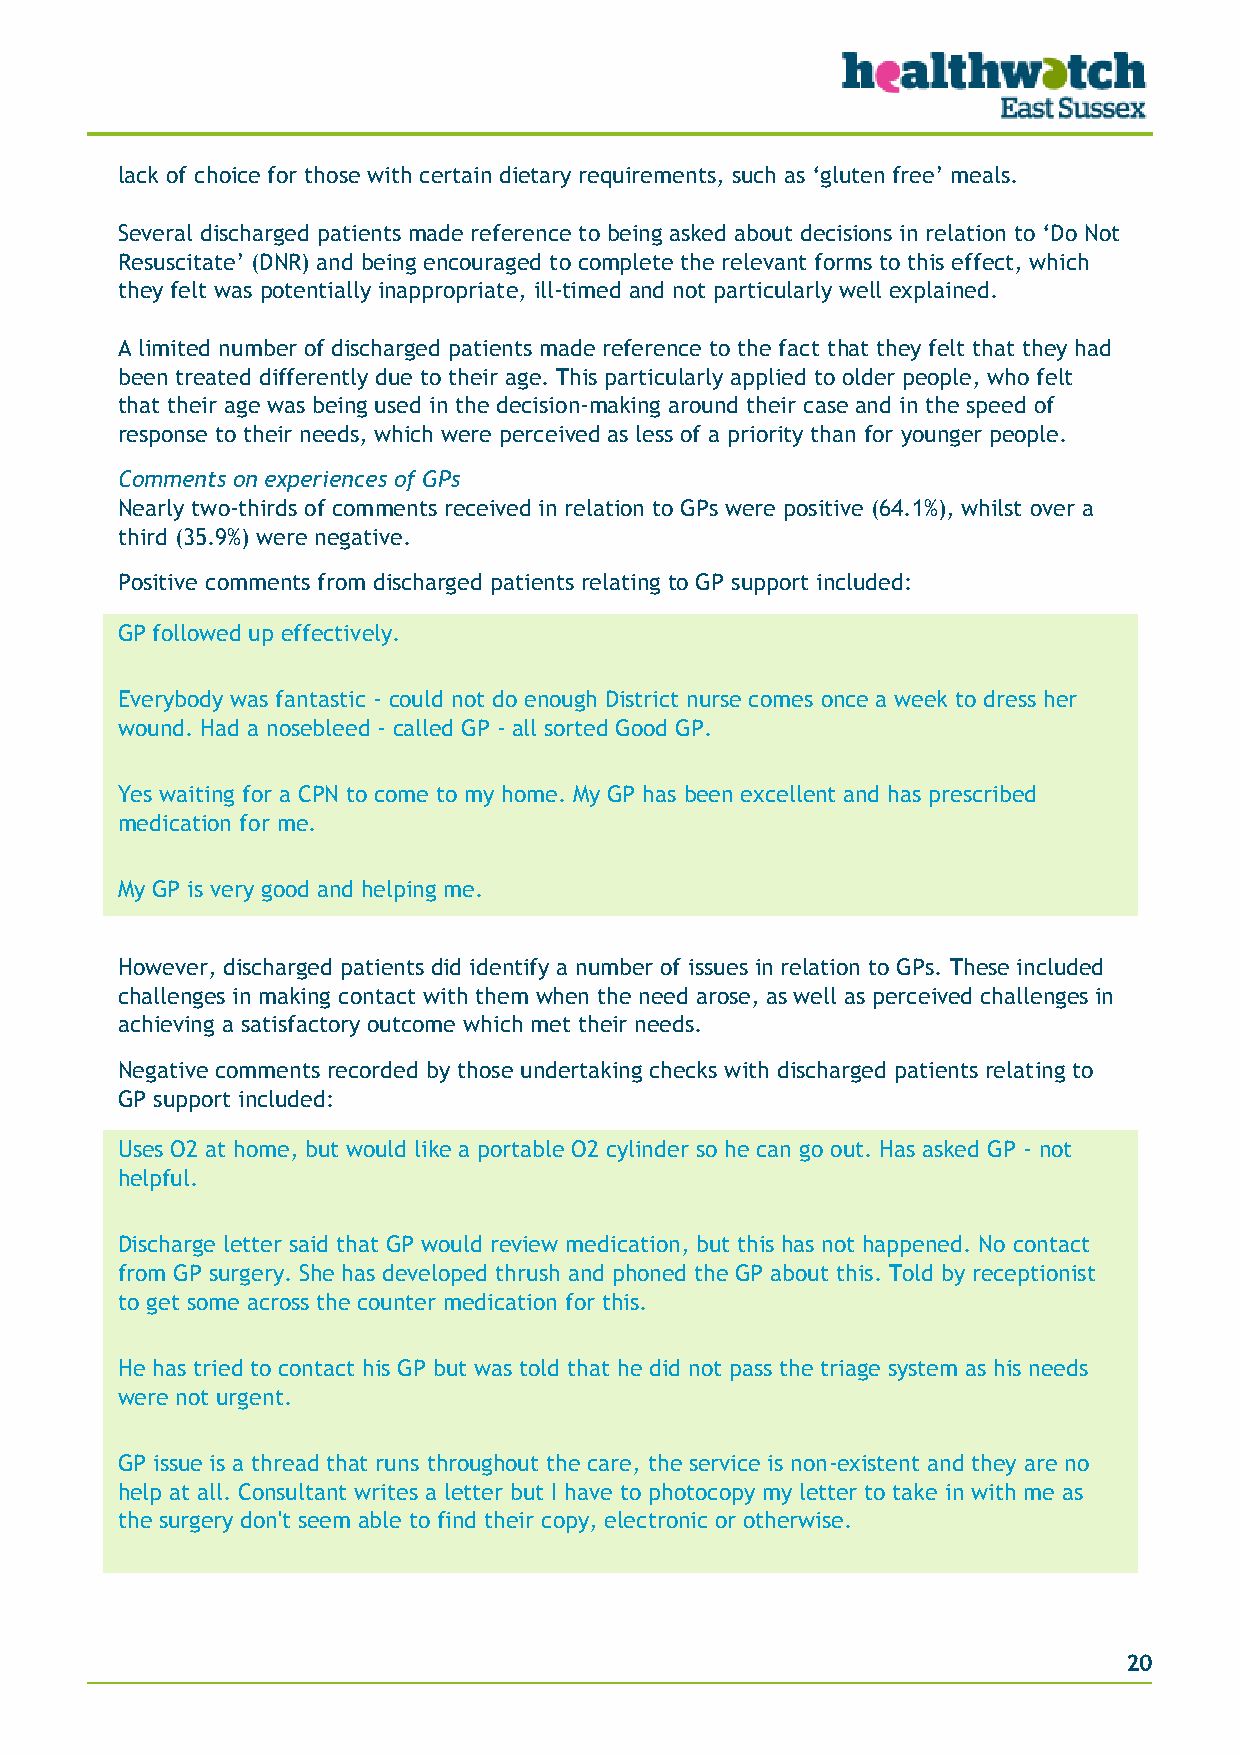
lack of choice for those with certain dietary requirements, such as ‘gluten free’ meals.
 Several discharged patients made reference to being asked about decisions in relation to ‘Do Not
 Resuscitate’ (DNR) and being encouraged to complete the relevant forms to this effect, which
 they felt was potentially inappropriate, ill-timed and not particularly well explained.
 A limited number of discharged patients made reference to the fact that they felt that they had
 been treated differently due to their age. This particularly applied to older people, who felt
 that their age was being used in the decision-making around their case and in the speed of
 response to their needs, which were perceived as less of a priority than for younger people.
 Comments on experiences of GPs
 Nearly two-thirds of comments received in relation to GPs were positive (64.1%), whilst over a
 third (35.9%) were negative.
 Positive comments from discharged patients relating to GP support included:
 GP followed up effectively.
 Everybody was fantastic - could not do enough District nurse comes once a week to dress her
 wound. Had a nosebleed - called GP - all sorted Good GP.
 Yes waiting for a CPN to come to my home. My GP has been excellent and has prescribed
 medication for me.
 My GP is very good and helping me.
 However, discharged patients did identify a number of issues in relation to GPs. These included
 challenges in making contact with them when the need arose, as well as perceived challenges in
 achieving a satisfactory outcome which met their needs.
 Negative comments recorded by those undertaking checks with discharged patients relating to
 GP support included:
 Uses O2 at home, but would like a portable O2 cylinder so he can go out. Has asked GP - not
 helpful.
 Discharge letter said that GP would review medication, but this has not happened. No contact
 from GP surgery. She has developed thrush and phoned the GP about this. Told by receptionist
 to get some across the counter medication for this.
 He has tried to contact his GP but was told that he did not pass the triage system as his needs
 were not urgent.
 GP issue is a thread that runs throughout the care, the service is non-existent and they are no
 help at all. Consultant writes a letter but I have to photocopy my letter to take in with me as
 the surgery don't seem able to find their copy, electronic or otherwise.
 20